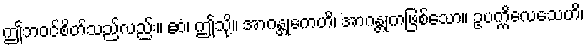
ဤဘဝင်စိတ်သည်လည်း။ ဧဝံ၊ ဤသို့။ အာဂန္တုကေဟိ၊ အာဂန္တုကဖြစ်သော။ ဥပက္ကိလေသေဟိ၊